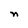
Character: n